画像に写った文字を読んでください
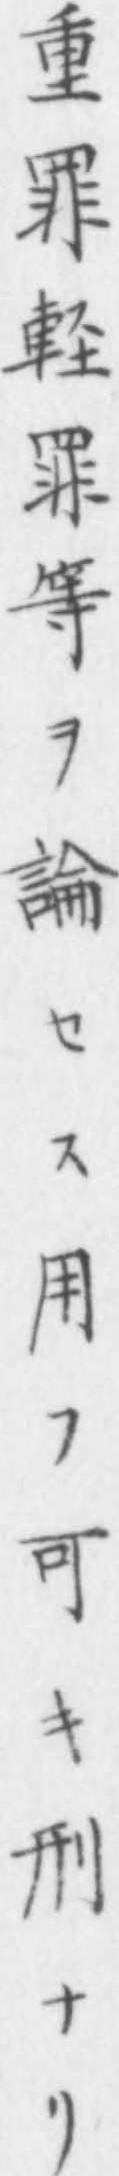
「重罪軽罪等ヲ論セス用フ可キ刑ナリ」と書いてあります